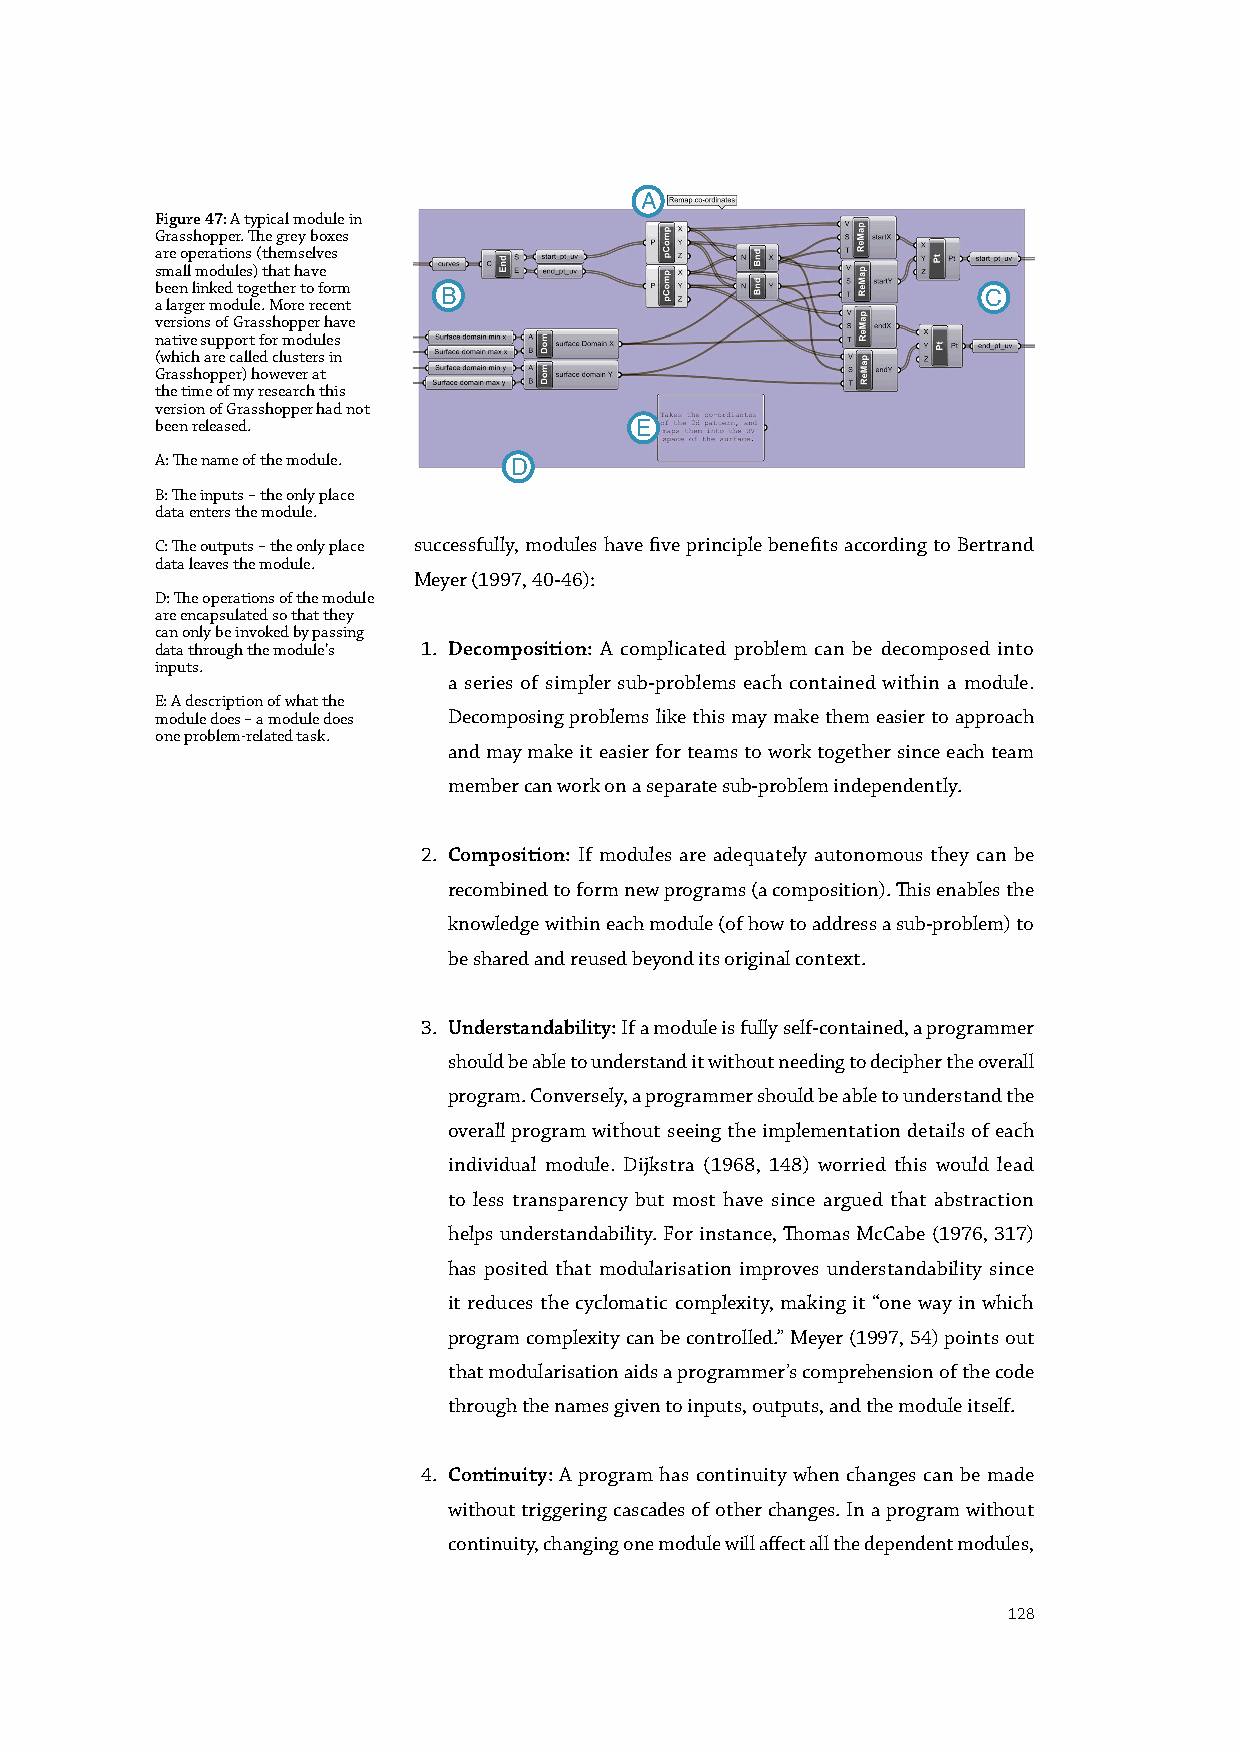
A
 Figure 47: A typical module in
 Grasshopper. The grey boxes
 are operations (themselves
 small modules) that have
 been linked together to form
 a larger module. More recent B                         C
 versions of Grasshopper have
 native support for modules
 (which are called clusters in
 Grasshopper) however at
 the time of my research this
 version of Grasshopper had not
 been released.                  E
 A: The name of the module.
 D
 B: The inputs – the only place
 data enters the module.
 C: The outputs – the only place successfully, modules have five principle benefits according to Bertrand
 data leaves the module.
 Meyer (1997, 40-46):
 D: The operations of the module
 are encapsulated so that they
 can only be invoked by passing
 data through the module’s 1. Decomposition: A complicated problem can be decomposed into
 inputs.
 a series of simpler sub-problems each contained within a module.
 E: A description of what the
 module does – a module does Decomposing problems like this may make them easier to approach
 one problem-related task.
 and may make it easier for teams to work together since each team
 member can work on a separate sub-problem independently.
 2. Composition: If modules are adequately autonomous they can be
 recombined to form new programs (a composition). This enables the
 knowledge within each module (of how to address a sub-problem) to
 be shared and reused beyond its original context.
 3. Understandability: If a module is fully self-contained, a programmer
 should be able to understand it without needing to decipher the overall
 program. Conversely, a programmer should be able to understand the
 overall program without seeing the implementation details of each
 individual module. Dijkstra (1968, 148) worried this would lead
 to less transparency but most have since argued that abstraction
 helps understandability. For instance, Thomas McCabe (1976, 317)
 has posited that modularisation improves understandability since
 it reduces the cyclomatic complexity, making it “one way in which
 program complexity can be controlled.” Meyer (1997, 54) points out
 that modularisation aids a programmer’s comprehension of the code
 through the names given to inputs, outputs, and the module itself.
 4. Continuity: A program has continuity when changes can be made
 without triggering cascades of other changes. In a program without
 continuity, changing one module will affect all the dependent modules,
 128